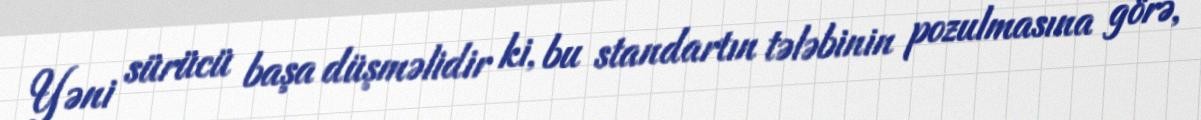
Yəni sürücü başa düşməlidir ki, bu standartın tələbinin pozulmasına görə,